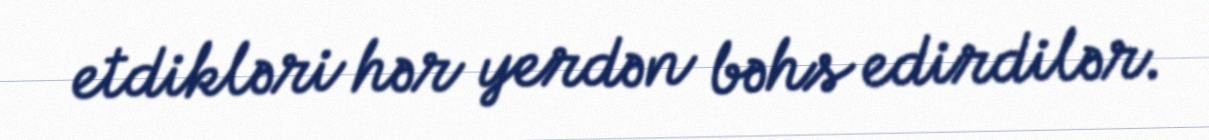
etdikləri hər yerdən bəhs edirdilər.